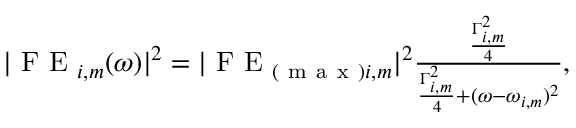
\begin{array} { r } { | \mathrm { ~ F ~ E ~ } _ { i , m } ( \omega ) | ^ { 2 } = | \mathrm { ~ F ~ E ~ } _ { ( \mathrm { ~ m ~ a ~ x ~ } ) i , m } | ^ { 2 } \frac { \frac { \Gamma _ { i , m } ^ { 2 } } { 4 } } { \frac { \Gamma _ { i , m } ^ { 2 } } { 4 } + ( \omega - \omega _ { i , m } ) ^ { 2 } } , } \end{array}